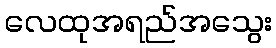
လေထုအရည်အသွေး